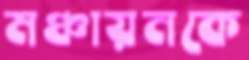
মঞ্চায়নকে